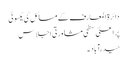
دائرۃ المعارف کے مسائل کی یکسوئی
پر اعلیٰ سطحی مشاورتی اجلاس
حیدرآباد ۔